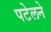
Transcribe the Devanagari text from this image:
पटेलने